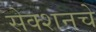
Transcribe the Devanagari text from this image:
सेक्शनचे